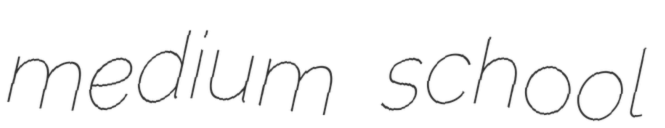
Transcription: medium school